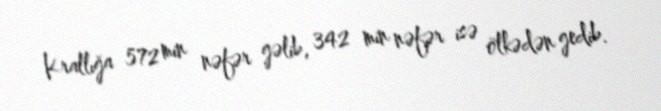
Krallığa 572 min nəfər gəlib, 342 min nəfər isə ölkədən gedib.